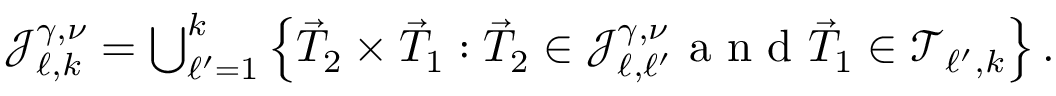
\begin{array} { r } { \mathcal { J } _ { \ell , k } ^ { \gamma , \nu } = \bigcup _ { \ell ^ { \prime } = 1 } ^ { k } \left\{ \vec { T } _ { 2 } \times \vec { T } _ { 1 } : \vec { T } _ { 2 } \in \mathcal { J } _ { \ell , \ell ^ { \prime } } ^ { \gamma , \nu } \textnormal { a n d } \vec { T } _ { 1 } \in \mathcal { T } _ { \ell ^ { \prime } , k } \right\} . } \end{array}